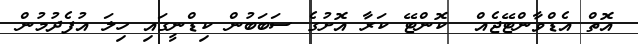
އޮތް އެޑްވާންޓޭޖެއް  ކޮންޓޭ ކަރާ އޮށުގެ ސަބަބުން ކިޑްނީގައި ހިލަ އުފެދުމުން